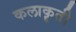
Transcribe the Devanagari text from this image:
कलाकॄती